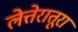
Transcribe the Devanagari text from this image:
लेत्तेरातूरा